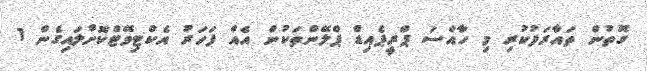
ގޮތުން ތައާރަފުކުރި މި ހާއްސަ ޕްރީޕެއިޑް ޕްލޭންތަކުން އެއް ފަހަރު އެކްޓިވޭޓްކޮށްލައިގެން 1